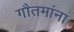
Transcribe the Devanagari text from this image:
गौतमांना